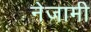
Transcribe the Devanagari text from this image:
नेजामी